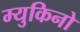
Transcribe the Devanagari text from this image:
म्युकिनो